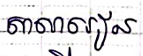
សាលារៀន